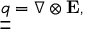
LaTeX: { \underline { { \underline { { q } } } } } = \nabla \otimes \mathbf { E } ,